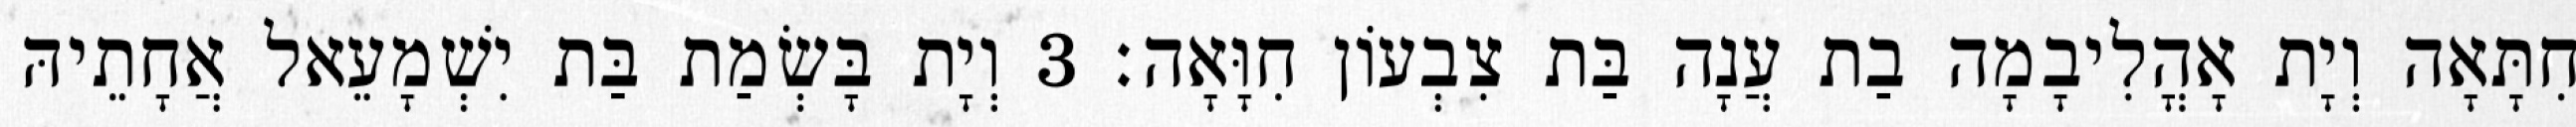
חִתָּאָה וְיָת אָהֳלִיבָמָה בַת עֲנָה בַּת צִבְעוֹן חִוָּאָה׃ 3 וְיָת בָּשְׂמַת בַּת יִשְׁמָעֵאל אֲחָתֵיהּ